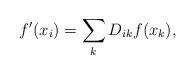
LaTeX: \begin{align*}f^{\prime }(x_{i})=\sum _{k}D_{ik}f(x_{k}),\end{align*}